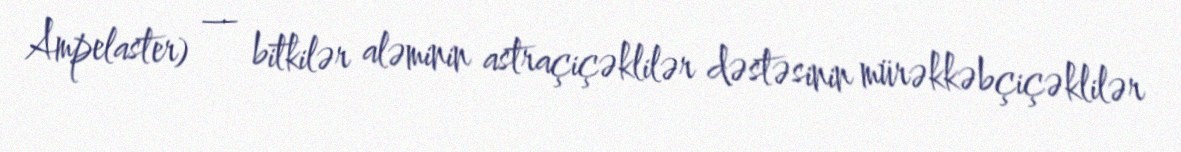
Ampelaster) — bitkilər aləminin astraçiçəklilər dəstəsinin mürəkkəbçiçəklilər